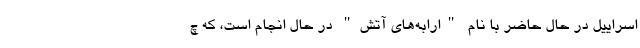
اسراییل در حال حاضر با نام "ارابه‌های آتش" در حال انجام است، که چ